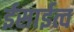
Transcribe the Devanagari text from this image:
ईसाईत्व